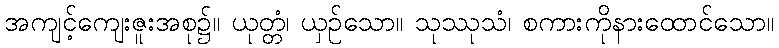
အကျင့်ကျေးဇူးအစု၌။ ယုတ္တံ၊ ယှဉ်သော။ သုဿုသံ၊ စကားကိုနားထောင်သော။